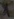
Text: 1